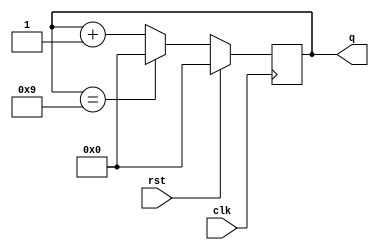
module mod_n(output [size-1:0]q,input clk,rst);
reg [size-1:0]q;
parameter n=10;
parameter size=4;
always @(posedge clk)
begin  
    if (rst)
     begin  
      q <= 0;  
    end 
    else
     begin  
      if (q == n-1)  
        q <= 0;  
      else  
        q <= q + 1;  
    end  
  end  
endmodule